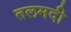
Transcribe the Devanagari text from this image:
तलमदी